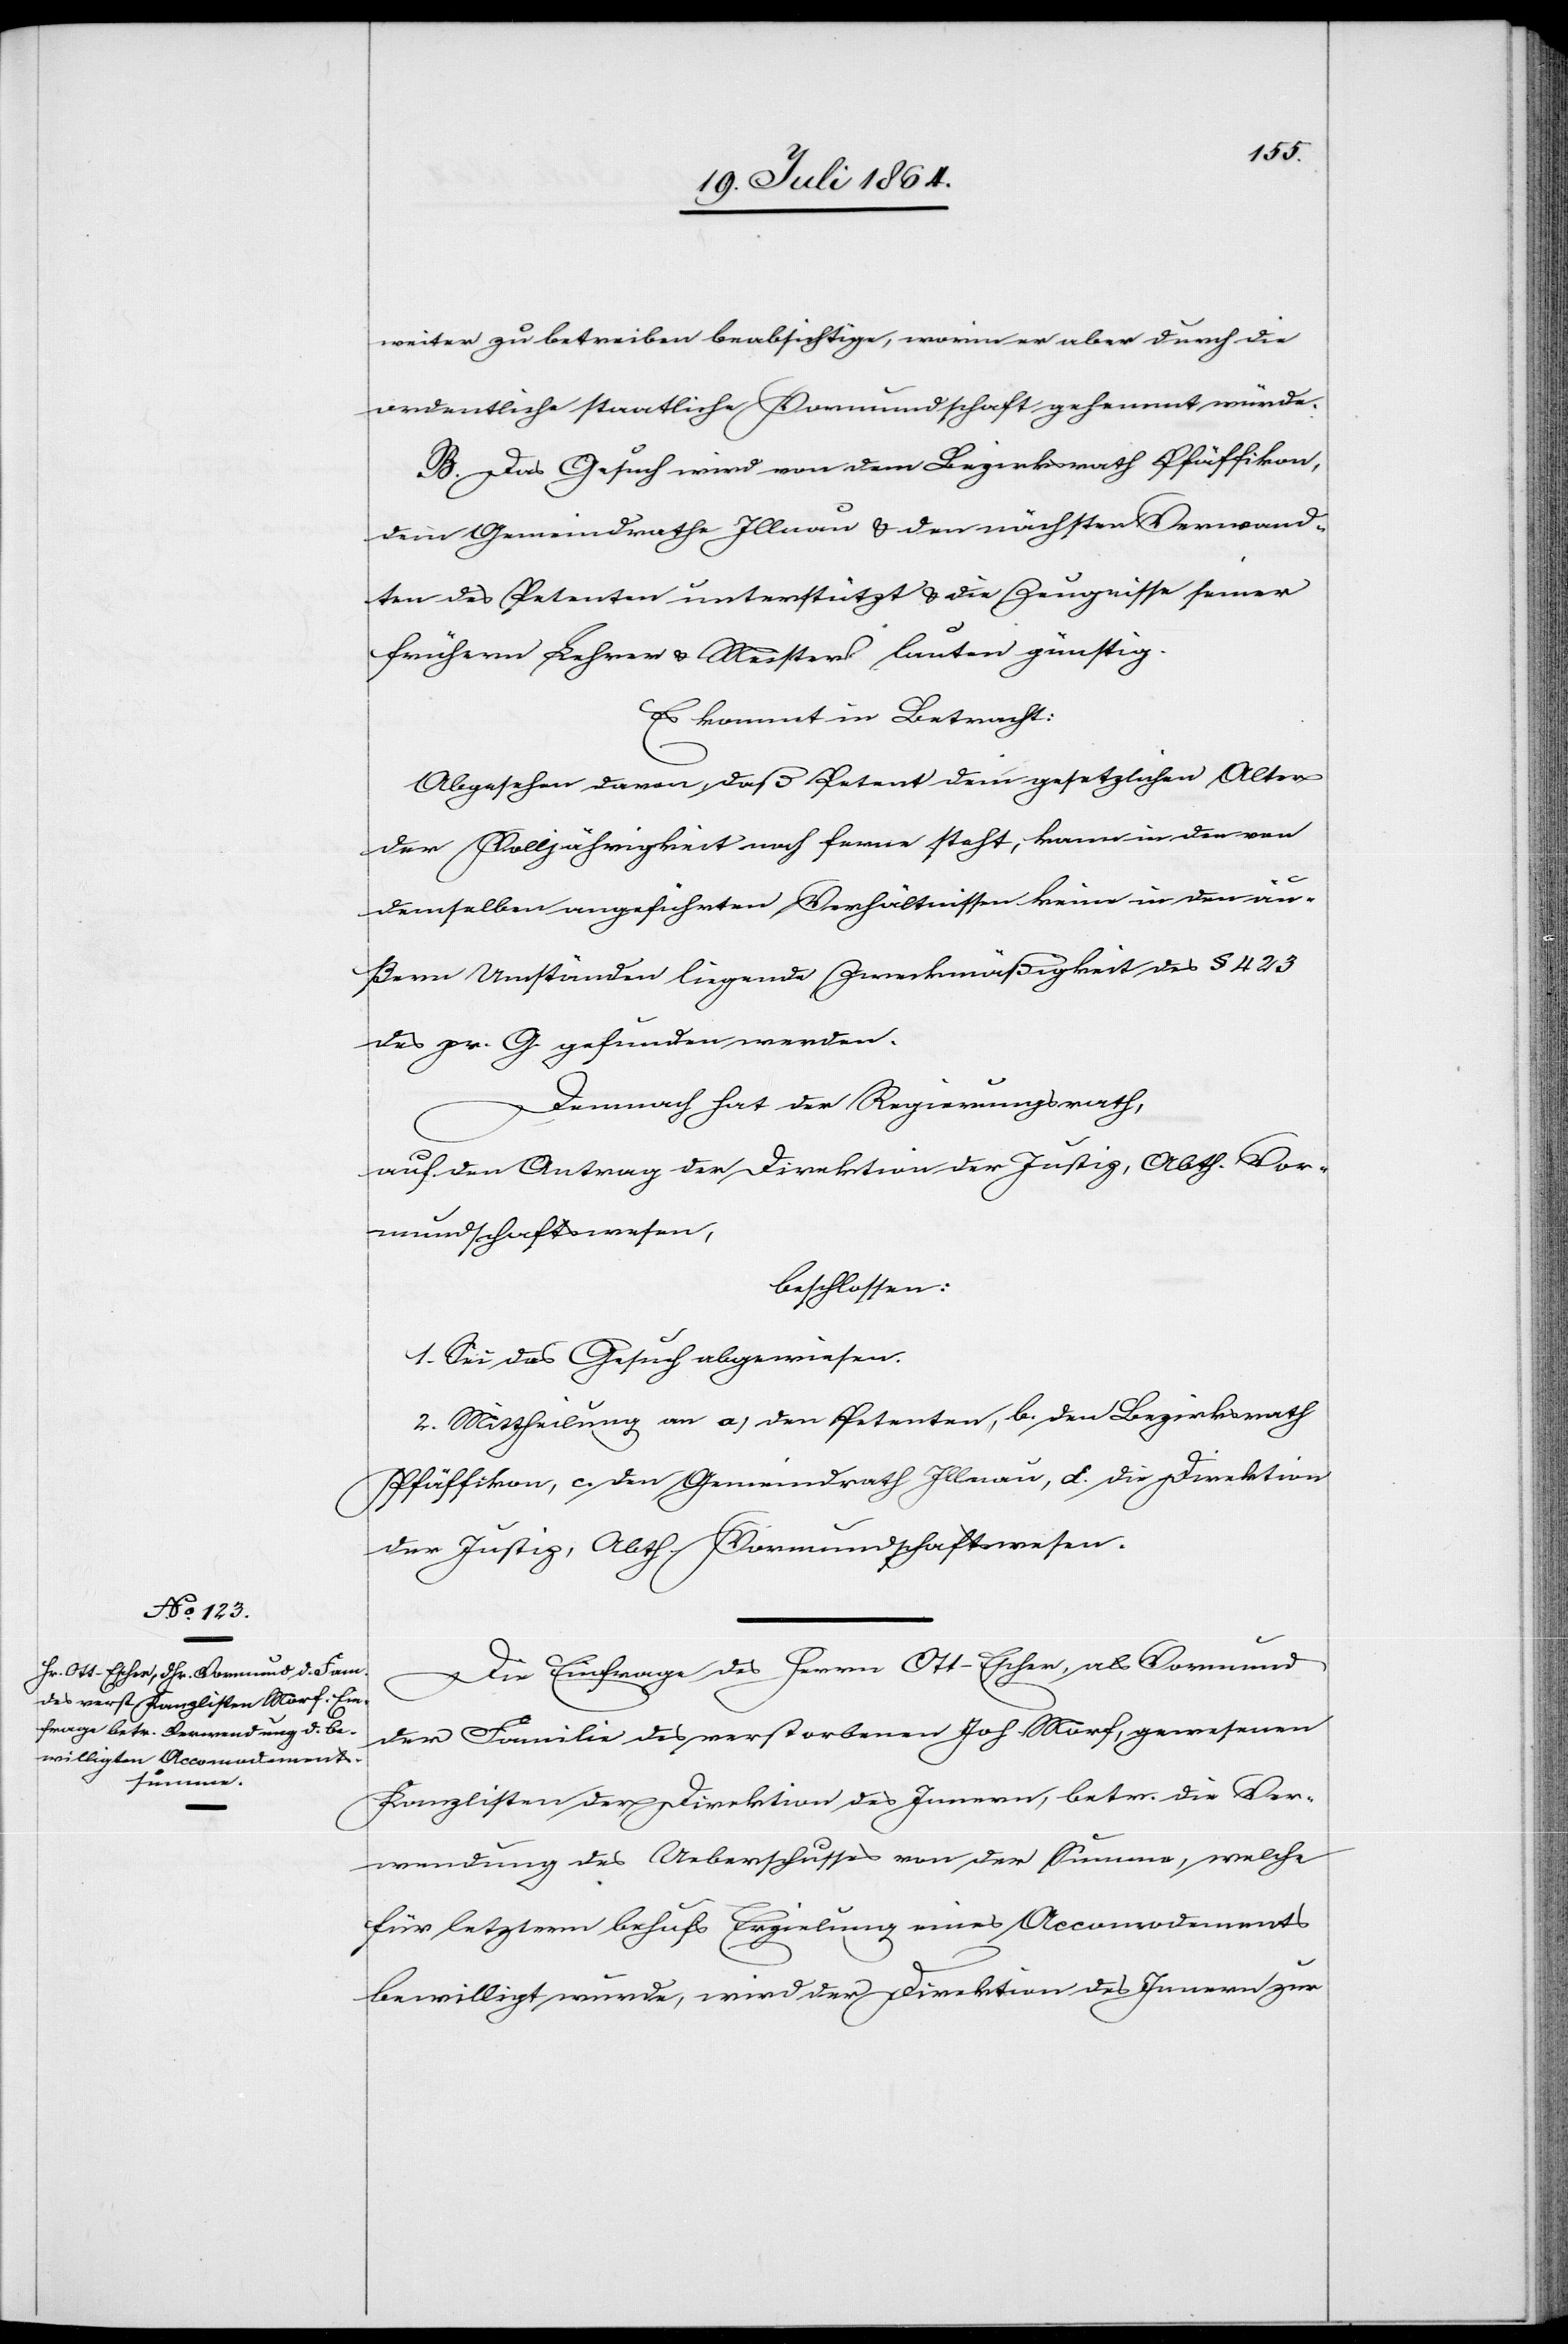
weiter zu betreiben beabsichtige, worin er aber durch die
ordentliche staatliche Vormundschaft gehemmt würde.
B. Das Gesuch wird von dem Bezirksrath Pfäffikon,
dem Gemeindrathe Illnau u. den nächsten Verwand¬
ten des Petenten unterstützt u. die Zeugnisse seiner
frühern Lehrer u. Meister lauten günstig.
Es kommt in Betracht:
Abgesehen davon, daß Petent dem gesetzlichen Alter
der Volljährigkeit noch ferne steht, kann in den von
demselben angeführten Verhältnissen keine in den äu¬
ßern Umständen liegende Zweckmäßigkeit des § 423
des pr. G. gefunden werden.
Demnach hat der Regierungsrath,
auf den Antrag der Direktion der Justiz, Abth. Vor¬
mundschaftswesen,
beschlossen:
1. Sei das Gesuch abgewiesen.
2. Mittheilung an a. den Petenten, b. den Bezirksrath
Pfäffikon, c. den Gemeindrath Illnau, d. die Direktion
der Justiz, Abth. Vormundschaftswesen.
Die Einfrage des Herrn Ott-Escher, als Vormund
der Familie des verstorbenen Joh. Morf, gewesenen
Kanzlisten der Direktion des Innern, betr. die Ver¬
wendung des Ueberschusses von der Summe, welche
für letztern behufs Erzielung eines Accomodements
bewilligt wurde, wird der Direktion des Innern zur